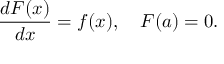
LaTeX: { \frac { d F ( x ) } { d x } } = f ( x ) , \quad F ( a ) = 0 .